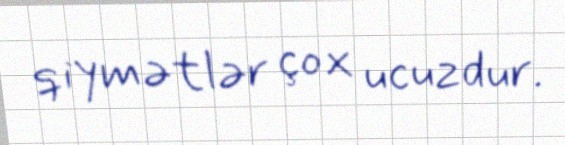
qiymətlər çox ucuzdur.